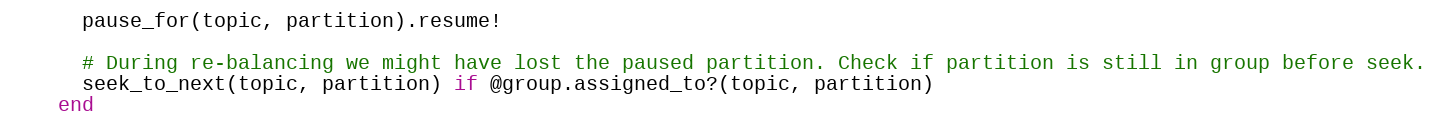
Language: Ruby
      pause_for(topic, partition).resume!

      # During re-balancing we might have lost the paused partition. Check if partition is still in group before seek.
      seek_to_next(topic, partition) if @group.assigned_to?(topic, partition)
    end